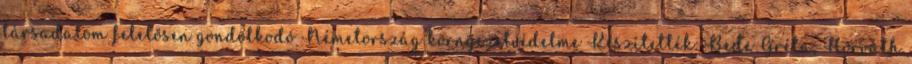
társadalom felelősen gondolkodó Németország környezetvédelme Készítették: Bede Gréta, Horváth